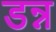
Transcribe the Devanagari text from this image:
डन्न